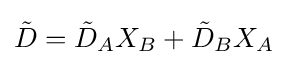
{\tilde {D}}={\tilde {D}}_{A}X_{B}+{\tilde {D}}_{B}X_{A}